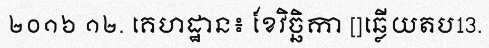
២០១៦ ១២. គេហដ្ឋាន៖ ខែវិច្ឆិកា []ឆ្លើយតប13.